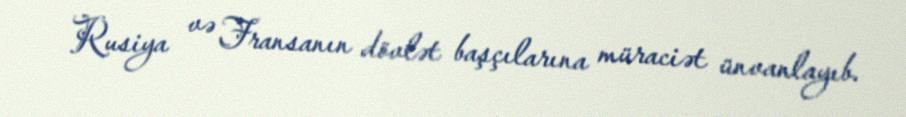
Rusiya və Fransanın dövlət başçılarına müraciət ünvanlayıb.